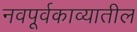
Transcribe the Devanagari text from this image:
नवपूर्वकाव्यातील